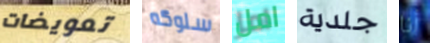
تعويضات سلوكه امل جلدية أنا